Lunatic asylums in Bengal annual reports 1899-1911 - 1899-1911
Year: 1899
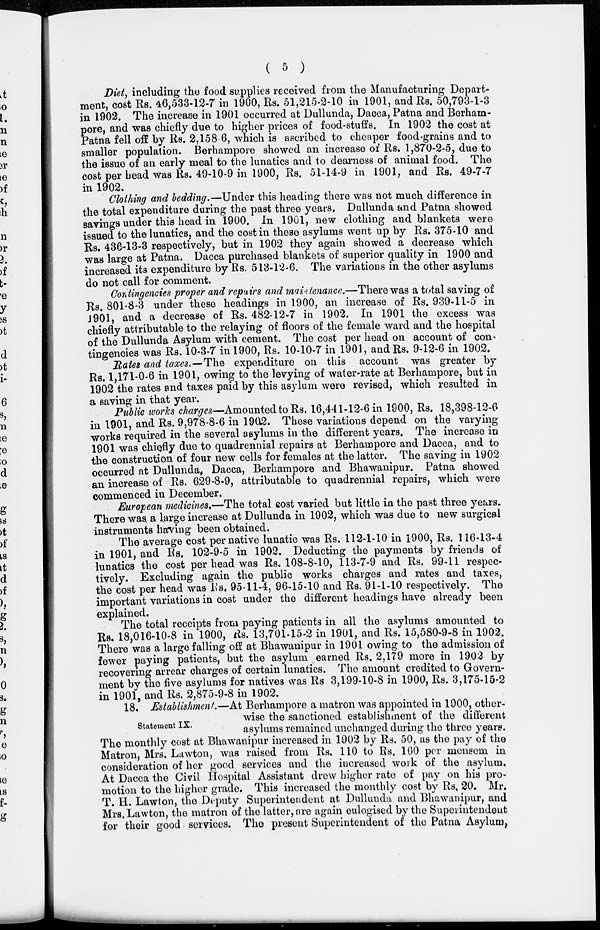
( 5 )
Diet, including the food supplies received from the Manufacturing Depart-
ment, cost Rs. 46,533-12-7 in 1900, Rs. 51,215-2-10 in 1901, and Rs 50,793-1-3
in 1902. The increase in 1901 occurred at Dullunda, Dacca, Patna and Berham-
pore, and was chiefly due to higher prices of food-stuffs. In 1902 the cost at
Patna fell off by Rs. 2,158 6, which is ascribed to cheaper food-grains and to
smaller population. Berhampore showed an increase of Rs. 1,870-2-5, due to
the issue of an early meal to the lunatics and to dearness of animal food
The
cost per bead was Rs. 49-10-9 in 1900, Rs. 51-14-9 in 1901, and Rs. 49-7-7
in 1902.
Clothing and bedding.— Under this heading there was not much difference in
the total expenditure during the past three years. Dullunda and Patna showed
savings under this head in 1900. In 1901, new clothing and blankets were
issued to the lunatics, and the cost in these asylums went up by Rs. 375-10 and
Rs. 436-13-3 respectively, but in 1902 they again showed a decrease which
was large at Patna. Dacca purchased blankets of superior quality in 1900 and
increased its expenditure by Rs. 513-12-6. The variations in the other asylums
do not call for comment.
Contingencies proper and repairs and maintenance.—There was a total saving of
Rs. 801-8-3 under these headings in 1900, an increase of Rs. 939-11-5 in
1901, and a decrease of Rs. 482-12-7 in 1902. In 1901 the excess was
chiefly attributable to the relaying of floors of the female ward and the hospital
of the Dullunda Asylum with cement. The cost per head on account of con-
tingencies was Rs. 10-3-7 in 1900, Rs. 10-10-7 in 1901, and Rs. 9-12-6 in 1902.
Rates and taxes.—The expenditure on this account was greater by
Rs. 1,171-0-6 in 1901, owing to the levying of water-rate at Berhampore, but in
1902 the rates and taxes paid by this asylum were revised, which resulted in
a saving in that year.
Public works charges—Amounted to Rs. 16,441-12-6 in 1900, Rs. 18,398-12-6
in 1901, and Rs. 9,978-8-6 in 1902. These variations depend on the varying
works required in the several asylums in the different years. The increase in
1901 was chiefly due to quadrennial repairs at Berhampore and Dacca, and to
the construction of four new cells for females at the latter. The saving in 1902
occurred at Dullunda, Dacca, Berhampore and Bhawanipur. Patna showed
an increase of Rs. 629-8-9, attributable to quadrennial repairs, which were
commenced in December.
European medicines.—The total cost varied but little in the past three years.
There was. a large increase at Dullunda in 1902, which was due to new surgical
instruments having been obtained.
The average cost per native lunatic was Rs. 112-1-10 in 1900, Rs. 116-13-4
in 1901, and Rs. 102-9-5 in 1902. Deducting the payments by friends of
lunatics the cost per head was Rs. 108-8-10, 113-7-9 and Rs. 99-11 respec-
tively. Excluding again the public works charges and rates and taxes
the cost per head was Rs. 95-11-4, 96-15-10 and Rs. 91-1-10 respectively. The
important variations in cost under the different headings have already been
explained.
The total receipts from paying patients in all the asylums amounted to
Rs. 18,016-10-8 in 1900, Rs. 13,701-15-2 in 1901, and Rs. 15,580-9-8 in 1902.
There was a large falling off at Bhawanipur in 1901 owing to the admission of
fewer paying patients, but the asylum earned Rs. 2,179 more in 1902 by
recovering arrear charges of certain lunatics. The amount credited to Govern-
ment by the five asylums for natives was Rs 3,199-10-8 in 1900, Rs 3,175-15-2
in 1901, and Rs. 2,875-9-8 in 1902.
Statement IX.
18. Establishment.—At Berhampore a matron was appointed in 1900, other-
wise the sanctioned establishment of the different
asylums remained unchanged during the three years.
The monthly cost at Bhawanipur increased in 1902 by Rs. 50, as the pay of the
Matron, Mrs. Lawton, was raised from Rs. 110 to Rs. 160 per mensem in
consideration of her good services and the increased work of the asylum.
At Dacca the Civil Hospital Assistant drew higher rate of pay on his pro-
motion to the higher grade. This increased the monthly cost by Rs. 20. Mr.
T. H. Lawton, the Deputy Superintendent at Dullunda and Bhawanipur, and
Mrs. Lawton, the matron of the latter, are again eulogised by the Superintendent
for their good services. The present Superintendent of the Patna Asylum,